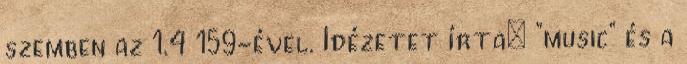
szemben az 1.4 159-ével. Idézetet írta: "music" és a